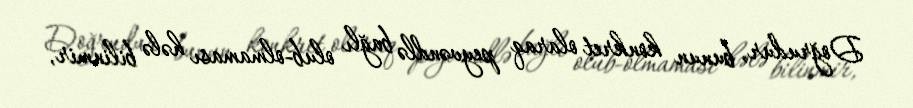
Doğrudur, bunun konkret olaraq peyvəndlə bağlı olub-olmaması hələ bilinmir,